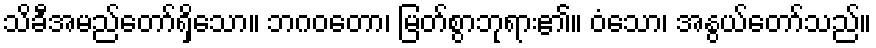
သိခီအမည်တော်ရှိသော။ ဘဂဝတော၊ မြတ်စွာဘုရား၏။ ဝံသော၊ အနွယ်တော်သည်။